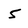
Character: 5